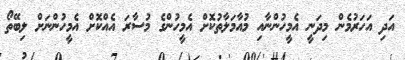
އަދި އަހަރުމެން މިދަނީ އެމީހުންނާއި މުއާމަލާތުކޮށް އެމީހުންގެ މުސާރަ އެއްކޮށް އެމީހުންނަށް ލިބޭތޯ